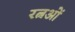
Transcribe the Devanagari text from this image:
रत्नओं